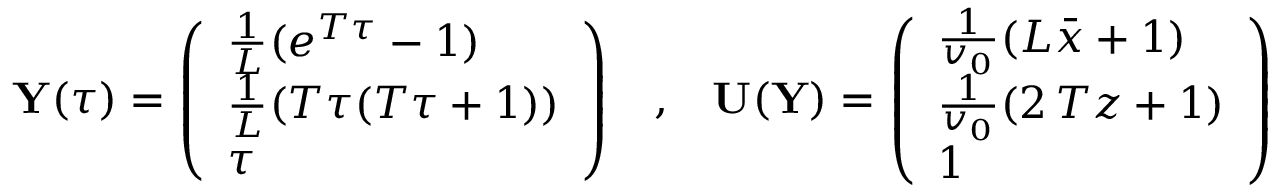
{ \mathbf Y } ( \tau ) = \left( \begin{array} { l } { \frac { 1 } { L } ( e ^ { T \tau } - 1 ) } \\ { \frac { 1 } { L } ( T \tau ( T \tau + 1 ) ) } \\ { \tau } \end{array} \right) \; \; \; , \; \; \; { \mathbf U } ( { \mathbf Y } ) = \left( \begin{array} { l } { \frac { 1 } { v _ { 0 } } ( L \bar { x } + 1 ) } \\ { \frac { 1 } { v _ { 0 } } ( 2 \, T z + 1 ) } \\ { 1 } \end{array} \right)